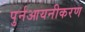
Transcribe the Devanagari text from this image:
पुर्नआयनीकरण